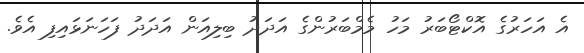
އެ އަހަރުގެ އޮކްޓޯބަރު މަހު މެމްބަރުންގެ އަދަދު ބިލިއަން އަދަދު ފަހަނަޅައިފި އެވެ.